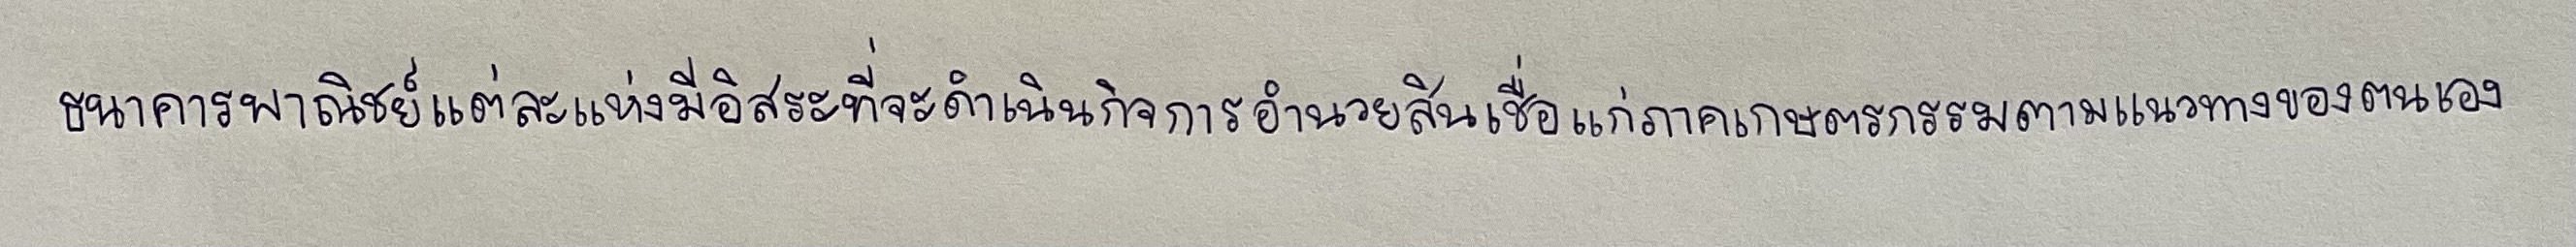
ธนาคารพาณิชย์แต่ละแห่งมีอิสระที่จะดำเนินกิจการอำนวยสินเชื่อแก่ภาคเกษตรกรรมตามแนวทางของตนเอง